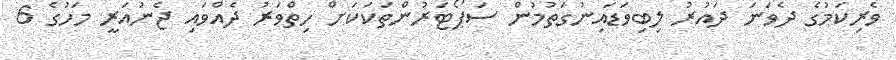
ވެރިކަމުގެ ދެވަނަ ދައުރު ލިބިވަޑައިނުގަތުމުން ސަޕޯޓަރުންތަކަކަށް ހިތްވަރު ދެއްވައި ޖެނުއަރީ މަހުގެ 6